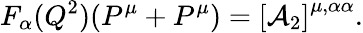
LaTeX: F_{\alpha}(Q^{2})(P^{\mu}+P^{\mu})=\left[{\cal A}_{2}\right]^{\mu,\alpha\alpha}.